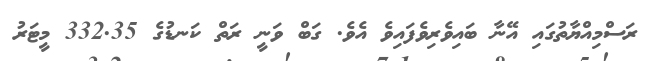
ރަސްމިއްޔާތުގައި އޭނާ ބައިވެރިވެފައިވެ އެވެ. ގަބް ވަނީ ރަތް ކަނޑުގެ 332.35 މީޓަރު